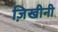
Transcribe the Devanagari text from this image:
ज़िखीनी